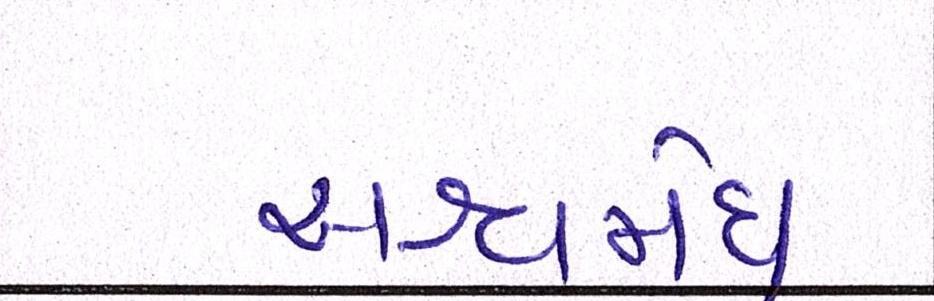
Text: અશ્વમેઘ